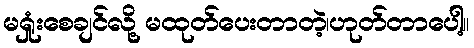
မရှုံးစေချင်လို့ မထုတ်ပေးတာတဲ့၊ဟုတ်တာပေါ့။